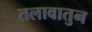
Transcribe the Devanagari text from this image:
तलावातुन